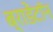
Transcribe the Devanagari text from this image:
ब्राडेंटॉन